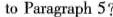
to Paragraph 5?